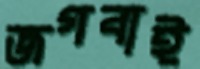
জগবাই